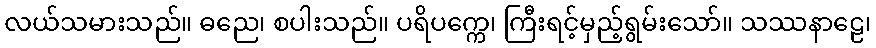
လယ်သမားသည်။ ဓညေ၊ စပါးသည်။ ပရိပက္ကေ၊ ကြီးရင့်မှည့်ရွမ်းသော်။ သဿနာဠေ၊